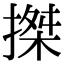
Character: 搩